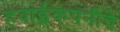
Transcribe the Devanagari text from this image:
हवाईकंपनीचे